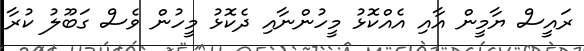
ރައީސް ޔާމީން އާއި އެއްކޮޅު މީހުންނާއި ދެކޮޅު މީހުން ވެސް ގަބޫލު ކުރާ